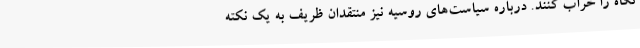
نگاه را خراب کنند. درباره سیاست‌های روسیه نیز منتقدان ظریف به یک نکته